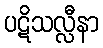
ပဋိသလ္လီနာ